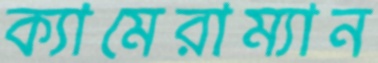
ক্যামেরাম্যান